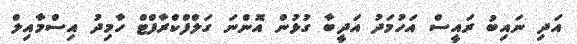
އަދި ނައިބު ރައީސް އަހުމަދު އަދީބާ ގުޅުން އޮންނަ ގަލްފްކްރާފްޓް ހާމިދު އިސްމާއިލް